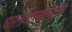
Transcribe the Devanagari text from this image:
घालविल्यानंतर